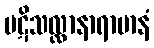
ပဋိသလ္လာနာရာမာနံ